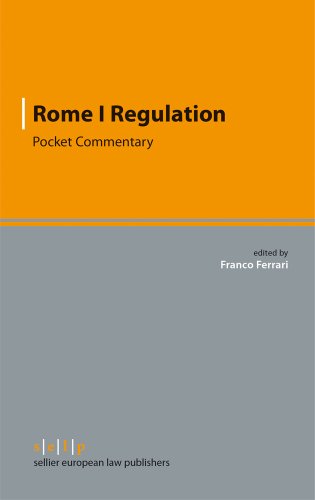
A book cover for Rome I Regulation: Pocket Commentary (Pocket Commentaries on European Regulations and International Conventions); Law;